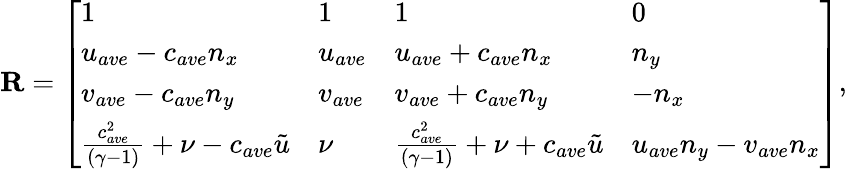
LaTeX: \mathbf{R}=\left[\begin{array}{llll}{1}&{1}&{1}&{0}\\ {u_{ave}-c_{ave}n_{x}}&{u_{ave}}&{u_{ave}+c_{ave}n_{x}}&{n_{y}}\\ {v_{ave}-c_{ave}n_{y}}&{v_{ave}}&{v_{ave}+c_{ave}n_{y}}&{-n_{x}}\\ {\frac{c_{ave}^{2}}{(\gamma-1)}+\nu-c_{ave}\tilde{u}}&{\nu}&{\frac{c_{ave}^{2}}{(\gamma-1)}+\nu+c_{ave}\tilde{u}}&{u_{ave}n_{y}-v_{ave}n_{x}}\end{array}\right],